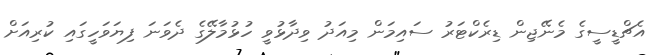
އެޗްޑީސީގެ މެނޭޖިން ޑިރެކްޓަރު ސައިމަން މިއަދު ވިދާޅުވީ ހުޅުމާލޭގެ ދެވަނަ ފިޔަވަހީގައި ކުރިއަށް